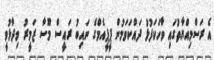
އެ ރަސްމިއްޔާތުގައި ވާހަކަފުޅު ދައްކަވަމުން ޕީޕީއެމްގެ ނައިބު ރައީސް މޫސާ ޒަމީރު ވިދާޅުވީ